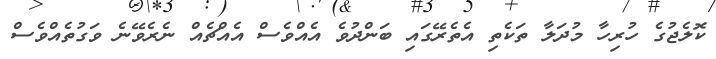
ކޮލެޖުގެ ހުރިހާ މުދަލާ ތަކެތި އެތެރޭގައި ބަންދުވެ އެއްވެސް އެއްޗެއް ނެރެވޭނެ ވަގުތެއްވެސް